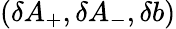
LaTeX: (\delta A_{+},\delta A_{-},\delta b)